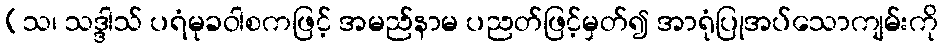
(သ၊ သဒ္ဒါသ် ပရံမုခဝါစကဖြင့် အမည်နာမ ပညတ်ဖြင့်မှတ်၍ အာရုံပြုအပ်သောကျမ်းကို